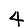
Digit: 4